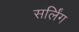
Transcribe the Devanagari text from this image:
सर्लिंग